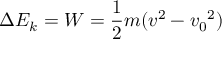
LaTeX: \Delta E _ { k } = W = { \frac { 1 } { 2 } } m ( v ^ { 2 } - { v _ { 0 } } ^ { 2 } )